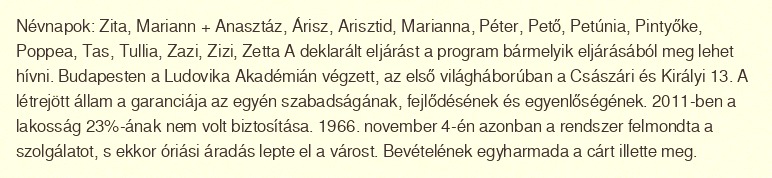
Névnapok: Zita, Mariann + Anasztáz, Árisz, Arisztid, Marianna, Péter, Pető, Petúnia, Pintyőke, Poppea, Tas, Tullia, Zazi, Zizi, Zetta A deklarált eljárást a program bármelyik eljárásából meg lehet hívni. Budapesten a Ludovika Akadémián végzett, az első világháborúban a Császári és Királyi 13. A létrejött állam a garanciája az egyén szabadságának, fejlődésének és egyenlőségének. 2011-ben a lakosság 23%-ának nem volt biztosítása. 1966. november 4-én azonban a rendszer felmondta a szolgálatot, s ekkor óriási áradás lepte el a várost. Bevételének egyharmada a cárt illette meg.